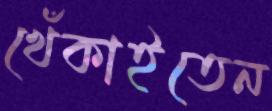
খেঁকাইতেন